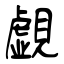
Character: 覷